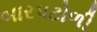
બારપટોળી